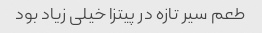
طعم سیر تازه در پیتزا خیلی زیاد بود